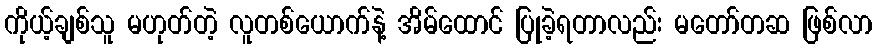
ကိုယ့်ချစ်သူ မဟုတ်တဲ့ လူတစ်ယောက်နဲ့ အိမ်ထောင် ပြုခဲ့ရတာလည်း မတော်တဆ ဖြစ်လာ